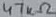
Text: 47kΩ